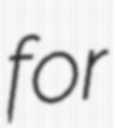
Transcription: for